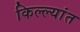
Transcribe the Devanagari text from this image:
किल्ल्यांत